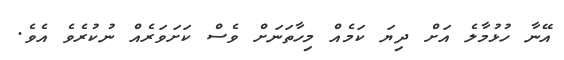
އޭނާ ހުޅުމާލެ އަށް ދިޔަ ކަމެއް މިހާތަނަށް ވެސް ކަށަވަރެއް ނުކުރެވެ އެވެ.